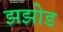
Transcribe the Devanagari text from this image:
झझोड